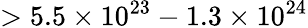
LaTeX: >5.5\times 10^{23}-1.3\times 10^{24}